Memorandum on the prevention of leprosy by segregation of the affected
Disease focus: Leprosy
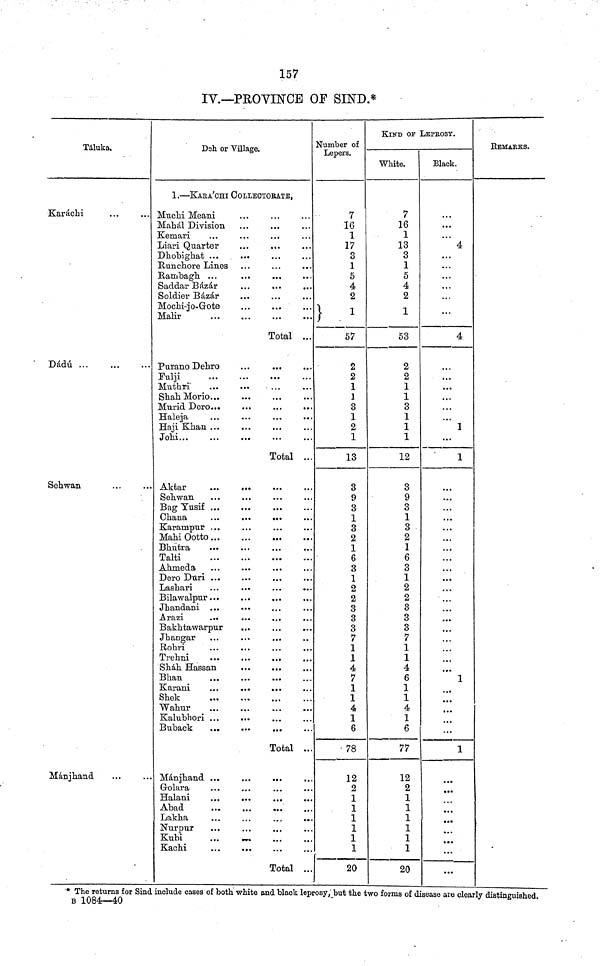
157
IV.—PROYESrCE OF SIND.*
Táluka.
Karáchi
Dádú
Sehwan
Manjhand
Dsh or "Village.
1,—KARA'CHI OOLLECTOBATE,
Mtichi Meani
Mahal Division
Liari Quarter
...
...
Hu.nch.ore Lines
Saddar Bázár
Soldier Bázár
Mochi-jo-Grote
Malir
Total ...
Purano Dehro
Fulji
Muthri
ShahMorio
Haji Khan ...
Johi...
Total ..
Seh.wan
Bag Tusif ...
Karampur ...
Mahi Ootto
Bhutra
Talti
Ahmeda
Dero Dim ...
Lashari
Bilawalpur...
Jhandani
Bakhtawarpur
Rohri
Trehni
Sháh. Hassan
Bhan
Shek
Wahur
Kalubhori ...
Total ..
Mánjhand ...
Abad
Lakha
...
...
...
..
Nurpur
Kubi
Kachi
...
...
Total ...
Number of
Lépera.
7
16
1
17
3
1
5
4
2
1
57
2
2
1
1
3
1
2
1
13
3
9
3
1
3
2
1
6
3
1
2
2
3
3
3
7
1
1
4
7
1
1
4
1
6
• 78
12
2
1
1
1
1
1
1
20
KIND OF LEPROSY.
White.
7
16
1
13
3
1
5
4
2
1
1
53
2
2
1
1
3
1
1
1
12
3
9
3
1
3
2
1
6 3 1
2
2
3
3
3
7
1
1
4
6
1
1
4
1
6
77
12
2
1
1
1
1
1
1
20
Black.
...
4
• • •
• • •
...
4
1
1
...
...
...
...
...
...
...
...
1
...
1
...
...
REMARKS.
* The returns for Sind include cases of both white and black leprosy,_but the two forms of disease are clearly distinguished.
B 1084—40